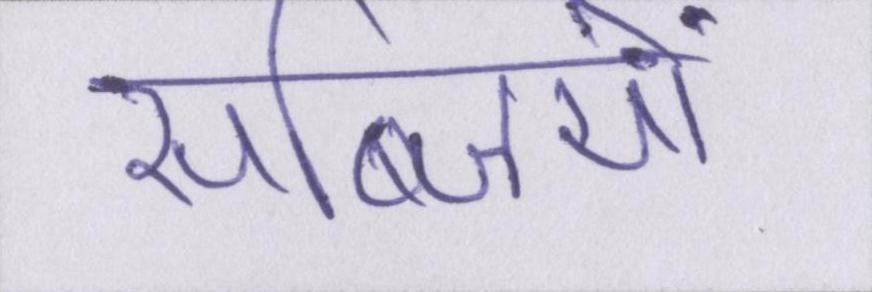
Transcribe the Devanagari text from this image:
सब्जियों